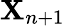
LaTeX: \boldsymbol{\textbf{X}}_{n+1}